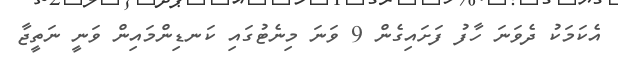
އެކަަމަކު ދެވަނަ ހާފު ފަށައިގެން 9 ވަނަ މިނެޓުގައި ކަނޑިންމައިން ވަނީ ނަތީޖާ